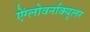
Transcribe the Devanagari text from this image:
ऐंग्लोवर्नाक्यूलर